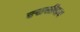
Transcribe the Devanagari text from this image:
एससीवाय